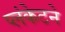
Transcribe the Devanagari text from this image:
प्लंकेटने